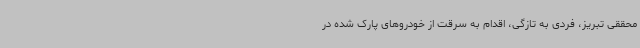
محققی تبریز، فردی به تازگی، اقدام به سرقت از خودروهای پارک شده در